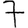
Digit: 7